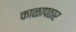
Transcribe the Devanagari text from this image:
काळापठार